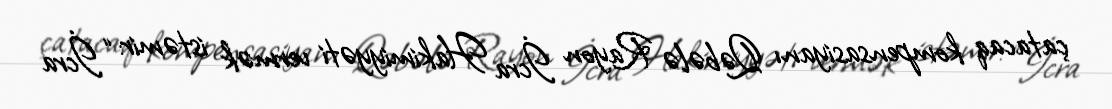
çatacaq kompensasiyanı Qəbələ Rayon İcra Hakimiyyəti vermək istəmir: “İcra